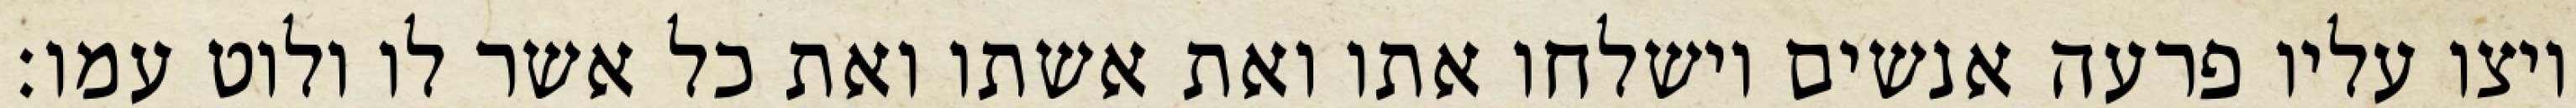
ויצו עליו פרעה אנשים וישלחו אתו ואת אשתו ואת כל אשר לו ולוט עמו׃